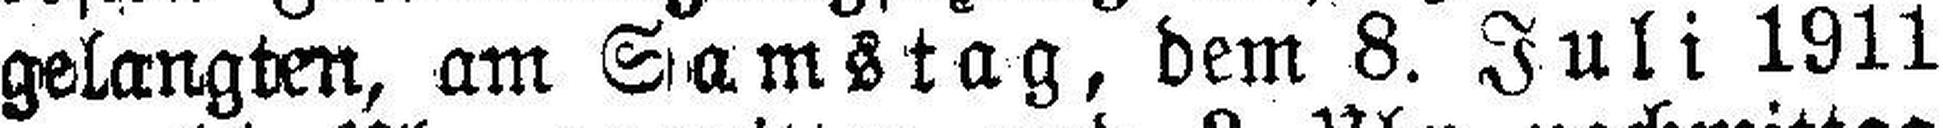
gelangten, am Samstag, dem 8. Juli 1911